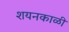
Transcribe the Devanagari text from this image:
शयनकाळी